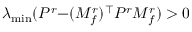
\lambda _ { \operatorname* { m i n } } ( P ^ { r } { - } ( M _ { f } ^ { r } ) ^ { \top } P ^ { r } M _ { f } ^ { r } ) > 0